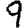
Digit: 9